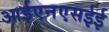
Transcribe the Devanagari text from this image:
आईएनएसईई